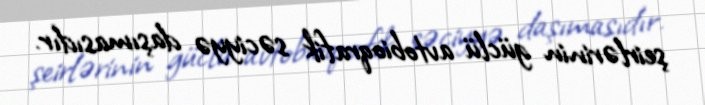
şeirlərinin güclü avtobioqrafik səciyyə daşımasıdır.